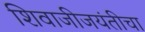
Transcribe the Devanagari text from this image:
शिवाजीजयंतीचा